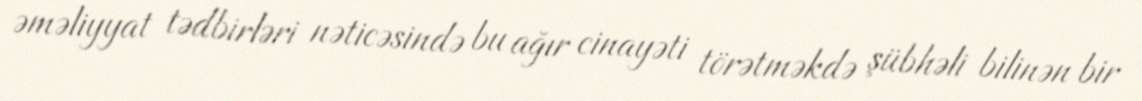
əməliyyat tədbirləri nəticəsində bu ağır cinayəti törətməkdə şübhəli bilinən bir